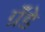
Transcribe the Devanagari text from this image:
ग्रॅंडे